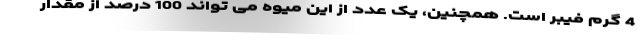
4 گرم فیبر است. همچنین، یک عدد از این میوه می تواند 100 درصد از مقدار